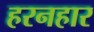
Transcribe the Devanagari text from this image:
हरनहार